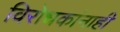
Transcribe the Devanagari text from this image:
विरोधकांनाही